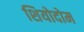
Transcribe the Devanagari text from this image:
शियोदोम